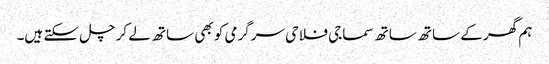
ہم گھر کے ساتھ ساتھ سماجی فلاحی سرگرمی کو بھی ساتھ لے کر چل سکتے ہیں۔